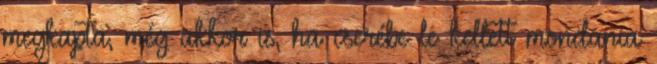
megkapta, még akkor is, ha cserébe le kellett mondania